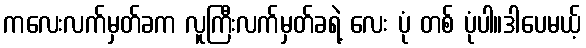
ကလေးလက်မှတ်ခက လူကြီးလက်မှတ်ခရဲ့ လေး ပုံ တစ် ပုံပါ။ဒါပေမယ့်